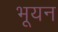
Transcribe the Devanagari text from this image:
भूयन